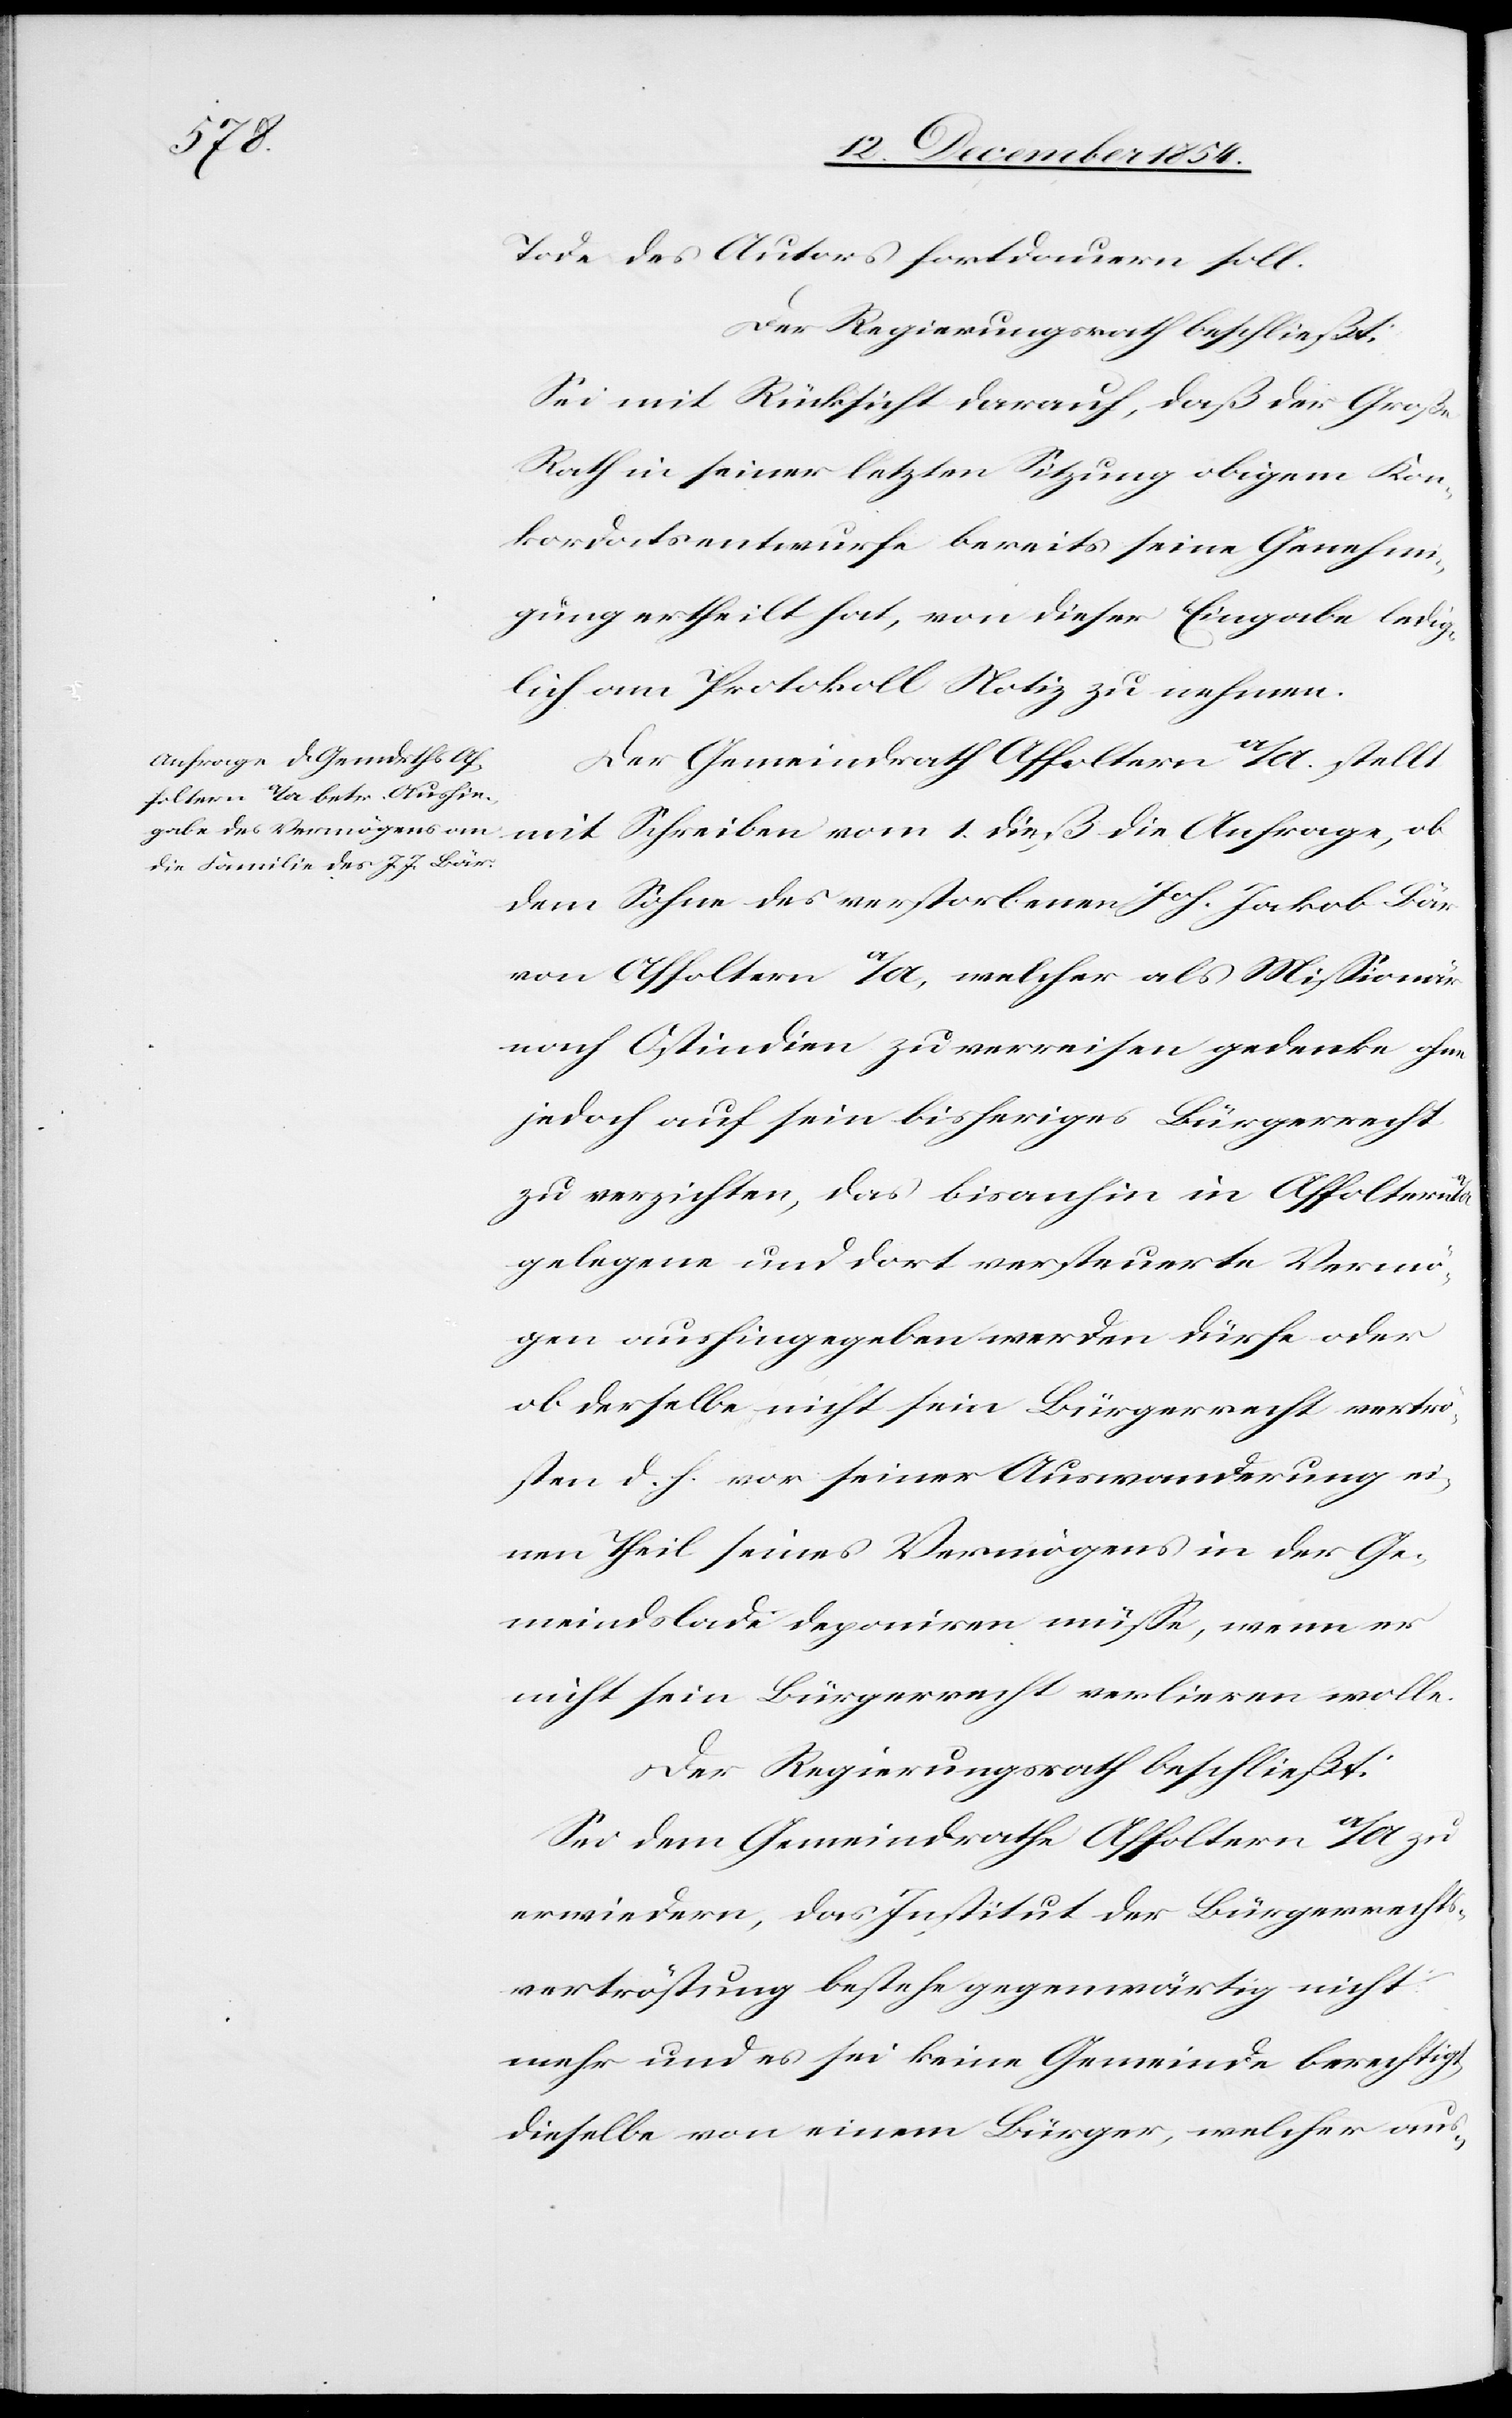
Tode des Autors fortdauern soll.
Der Regierungsrath beschließt:
Sei mit Rücksicht darauf, daß der Große
Rath in seiner letzten Sitzung obigem Kon¬
kordatsenwurfe bereits seine Genehmi¬
gung ertheilt hat, von dieser Eingabe ledig¬
lich am Protokoll Notiz zu nehmen.
Der Gemeindrath Affoltern a/A. stellt
mit Schreiben vom 1. dieß die Anfrage, ob
dem Sohne des verstorbenen Joh. Jakob Bär
von Affoltern a/A, welcher als Mißionär
nach Ostindien zu verreisen gedenke ohne
jedoch auf sein bisheriges Bürgerrecht
zu verzichten, das bisanhin in Affoltern
gelegene und dort versteuerte Vermö¬
gen aushingegeben werden dürfe oder
ob derselbe nicht sein Bürgerrecht vertrö¬
sten d. h. vor seiner Auswanderung ei¬
nen Theil seines Vermögens in der Ge¬
meindslade deponiren müße, wenn er
nicht sein Bürgerrecht verlieren wolle.
Der Regierungsrath beschließt:
Sei dem Gemeindrathe Affoltern a/A zu
erwiedern, das Institut der Bürgerrechts¬
vertröstung bestehe gegenwärtig nicht
mehr und es sei keine Gemeinde berechtigt,
dieselbe von eine Bürger, welcher aus-